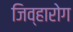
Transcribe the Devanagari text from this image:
जिव्हारोग